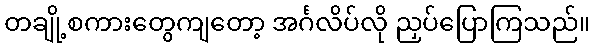
တချို့စကားတွေကျတော့ အင်္ဂလိပ်လို ညှပ်ပြောကြသည်။